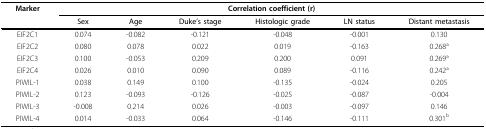
<table><thead><tr><td><b>Marker</b></td><td colspan="6"><b>Correlation coefficient (r)</b></td></tr><tr><td></td><td><b>Sex</b></td><td><b>Age</b></td><td><b>Duke&#x27;s stage</b></td><td><b>Histologic grade</b></td><td><b>LN status</b></td><td><b>Distant metastasis</b></td></tr></thead><tbody><tr><td>EIF2C1</td><td>0.074</td><td>-0.082</td><td>-0.121</td><td>-0.048</td><td>-0.001</td><td>0.130</td></tr><tr><td>EIF2C2</td><td>0.080</td><td>0.078</td><td>0.022</td><td>0.019</td><td>-0.163</td><td>0.268<sup>a</sup></td></tr><tr><td>EIF2C3</td><td>0.100</td><td>-0.053</td><td>0.209</td><td>0.200</td><td>0.091</td><td>0.269<sup>a</sup></td></tr><tr><td>EIF2C4</td><td>0.026</td><td>0.010</td><td>0.090</td><td>0.089</td><td>-0.116</td><td>0.242<sup>a</sup></td></tr><tr><td>PIWIL-1</td><td>0.038</td><td>0.149</td><td>0.100</td><td>-0.135</td><td>-0.024</td><td>0.205</td></tr><tr><td>PIWIL-2</td><td>0.123</td><td>-0.093</td><td>-0.126</td><td>-0.025</td><td>-0.087</td><td>-0.004</td></tr><tr><td>PIWIL-3</td><td>-0.008</td><td>0.214</td><td>0.026</td><td>-0.003</td><td>-0.097</td><td>0.146</td></tr><tr><td>PIWIL-4</td><td>0.014</td><td>-0.033</td><td>0.064</td><td>-0.146</td><td>-0.111</td><td>0.301<sup>b</sup></td></tr></tbody></table>